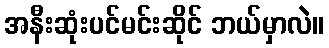
အနီးဆုံးပင်မင်းဆိုင် ဘယ်မှာလဲ။